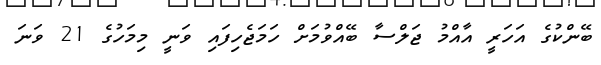
ބޭންކުގެ އަހަރީ އާއްމު ޖަލްސާ ބޭއްވުމަށް ހަމަޖެހިފައި ވަނީ މިމަހުގެ 21 ވަނަ